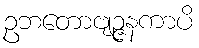
ဥဘတောဗျဉ္ဇနကာပိ